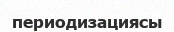
периодизациясы